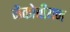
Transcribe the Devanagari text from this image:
जैकोबीयन